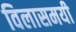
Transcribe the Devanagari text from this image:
विलासमयी